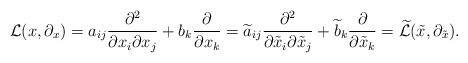
LaTeX: \begin{align*}{\mathcal L}(x,\partial_x)=a_{ij}\frac{\partial^2}{\partial x_i\partial x_j}+b_k\frac{\partial}{\partial x_k}=\widetilde a_{ij}\frac{\partial^2}{\partial \tilde x_i\partial \tilde x_j}+\widetilde b_k\frac{\partial}{\partial \tilde x_k}=\widetilde{\mathcal L}(\tilde x,\partial_{\tilde x}).\end{align*}